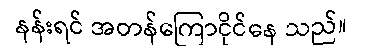
နန်းရင် အတန်ကြောငိုင်နေ သည်။